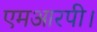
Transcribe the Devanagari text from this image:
एमआरपी।